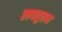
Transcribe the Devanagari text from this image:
लघतुत्तम